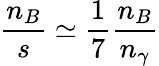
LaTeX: \frac{n_{B}}{s}\simeq\frac{1}{7}\frac{n_{B}}{n_{\gamma}}